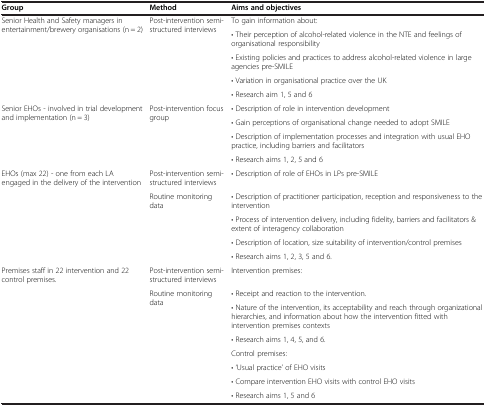
| Group | Method | Aims and objectives |
 | --- | --- | --- |
 | <ROWSPAN=5> Senior Health and Safety managers in entertainment/brewery organisations (n = 2) | <ROWSPAN=5> Post-intervention semi-structured interviews | To gain information about: |
 | • Their perception of alcohol-related violence in the NTE and feelings of organisational responsibility |
 | • Existing policies and practices to address alcohol-related violence in large agencies pre-SMILE |
 | • Variation in organisational practice over the UK |
 | • Research aim 1, 5 and 6 |
 | <ROWSPAN=4> Senior EHOs - involved in trial development and implementation (n = 3) | <ROWSPAN=4> Post-intervention focus group | • Description of role in intervention development |
 | • Gain perceptions of organisational change needed to adopt SMILE |
 | • Description of implementation processes and integration with usual EHO practice, including barriers and facilitators |
 | • Research aims 1, 2, 5 and 6 |
 | <ROWSPAN=5> EHOs (max 22) - one from each LA engaged in the delivery of the intervention | Post-intervention semi-structured interviews | • Description of role of EHOs in LPs pre-SMILE |
 | <ROWSPAN=4> Routine monitoring data | • Description of practitioner participation, reception and responsiveness to the intervention |
 | • Process of intervention delivery, including fidelity, barriers and facilitators & extent of interagency collaboration |
 | • Description of location, size suitability of intervention/control premises |
 | • Research aims 1, 2, 3, 5 and 6. |
 | <ROWSPAN=8> Premises staff in 22 intervention and 22 control premises. | Post-intervention semi-structured interviews | Intervention premises: |
 | <ROWSPAN=7> Routine monitoring data | • Receipt and reaction to the intervention. |
 | • Nature of the intervention, its acceptability and reach through organizational hierarchies, and information about how the intervention fitted with intervention premises contexts |
 | • Research aims 1, 4, 5, and 6. |
 | Control premises: |
 | • ‘Usual practice’ of EHO visits |
 | • Compare intervention EHO visits with control EHO visits |
 | • Research aims 1, 5 and 6 |